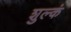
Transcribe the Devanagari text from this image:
शुल्कं